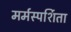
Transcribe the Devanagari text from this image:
मर्मस्पर्शिता